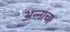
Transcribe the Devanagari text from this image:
अन्‍नाचा